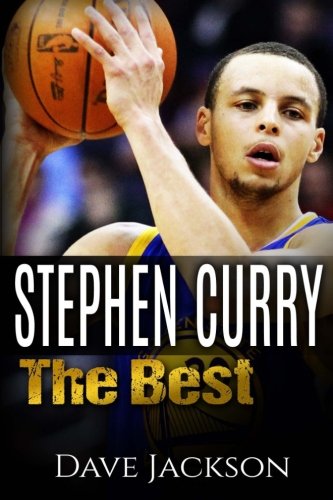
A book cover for Stephen Curry: The Best. Easy to read children sports book with great graphic. All you need to know about Stephen Curry, one of the best basketball legends in history. (Sports book for Kids); Dave Jackson; Sports & Outdoors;